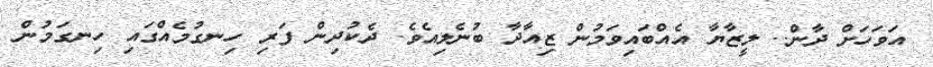
އަވަހަށް ދާން.. ލީޒާޔާ އެއްބައިވަމުން ޒިއާދާ ބުނެލިއެވެ. ދެކުދިން ފަރި ހިނގުމެއްގައި ހިނގަމުން